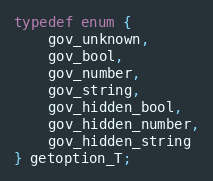
Language: C
typedef enum {
    gov_unknown,
    gov_bool,
    gov_number,
    gov_string,
    gov_hidden_bool,
    gov_hidden_number,
    gov_hidden_string
} getoption_T;